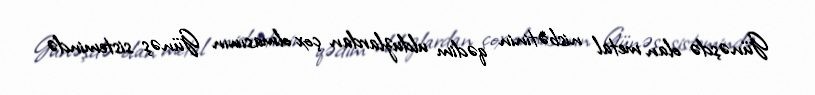
Günəşdə olan metal nisbətinin qədim ulduzlardan çox olmasının Günəş sistemində